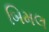
બિમલ